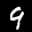
Label: 9